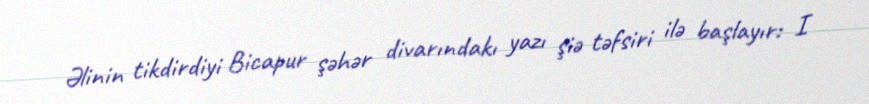
Əlinin tikdirdiyi Bicapur şəhər divarındakı yazı şiə təfsiri ilə başlayır: I